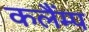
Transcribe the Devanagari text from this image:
कलैंम्प